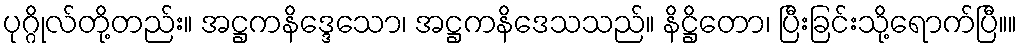
ပုဂ္ဂိုလ်တို့တည်း။ အဋ္ဌကနိဒ္ဒေသော၊ အဋ္ဌကနိဒေသသည်။ နိဋ္ဌိတော၊ ပြီးခြင်းသို့ရောက်ပြီ။။